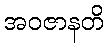
အဝဇာနတိ